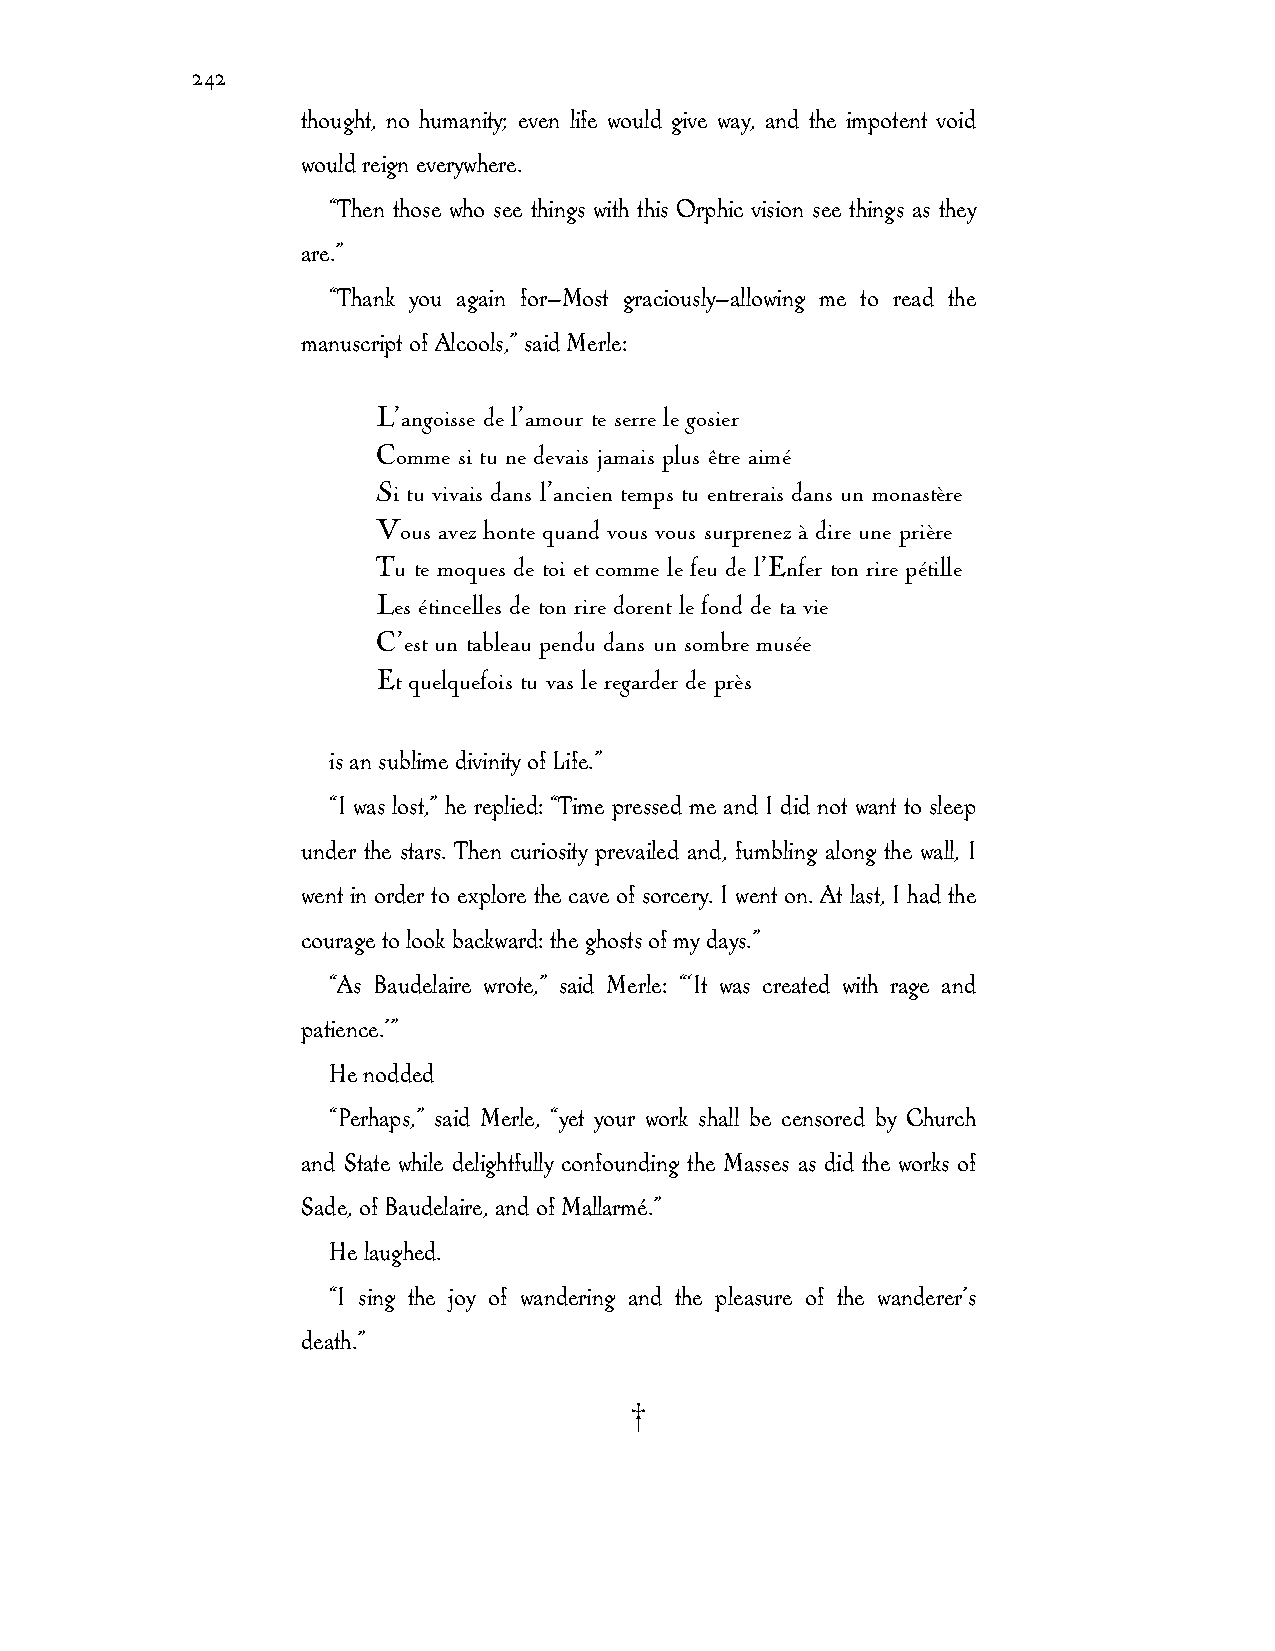
242
 thought, no humanity; even life would give way, and the impotent void
 would reign everywhere.
 “Then those who see things with this Orphic vision see things as they
 are.”
 “Thank you again for—Most graciously—allowing me to read the
 manuscript of Alcools,” said Merle:
 L’angoisse de l’amour te serre le gosier
 Comme si tu ne devais jamais plus être aimé
 Si tu vivais dans l’ancien temps tu entrerais dans un monastère
 Vous avez honte quand vous vous surprenez à dire une prière
 Tu te moques de toi et comme le feu de l’Enfer ton rire pétille
 Les étincelles de ton rire dorent le fond de ta vie
 C’est un tableau pendu dans un sombre musée
 Et quelquefois tu vas le regarder de près
 is an sublime divinity of Life.”
 “I was lost,” he replied: “Time pressed me and I did not want to sleep
 under the stars. Then curiosity prevailed and, fumbling along the wall, I
 went in order to explore the cave of sorcery. I went on. At last, I had the
 courage to look backward: the ghosts of my days.”
 “As Baudelaire wrote,” said Merle: “‘It was created with rage and
 patience.’”
 He nodded
 “Perhaps,” said Merle, “yet your work shall be censored by Church
 and State while delightfully confounding the Masses as did the works of
 Sade, of Baudelaire, and of Mallarmé.”
 He laughed.
 “I sing the joy of wandering and the pleasure of the wanderer’s
 death.”
 †